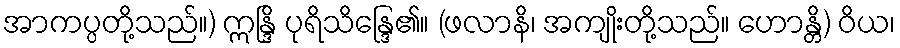
အာကပ္ပတို့သည်။) ဣန္ဒြိ ပုရိသိန္ဒြေ၏။ (ဖလာနိ၊ အကျိုးတို့သည်။ ဟောန္တိ) ဝိယ၊